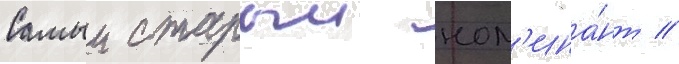
Самыи старыи ном'ина́нт //